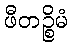
ဖီတဉ္စိမံ